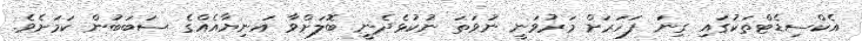
އެކްސިޑެޓްތަކުގައި ގިނަ ފަހަރަށް މަރުވަނީ ނުވަތަ ނުކުޅެދެނީ ބޮލަށްވާ އަނިޔާއެއްގެ ސަބަބުން ކަމަށެވެ.